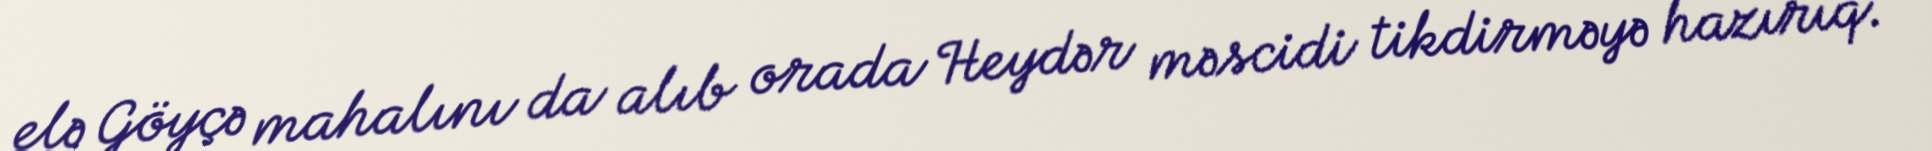
elə Göyçə mahalını da alıb orada Heydər məscidi tikdirməyə hazırıq.